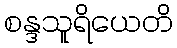
စန္ဒသူရိယေတိ